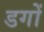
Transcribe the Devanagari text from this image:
डगों